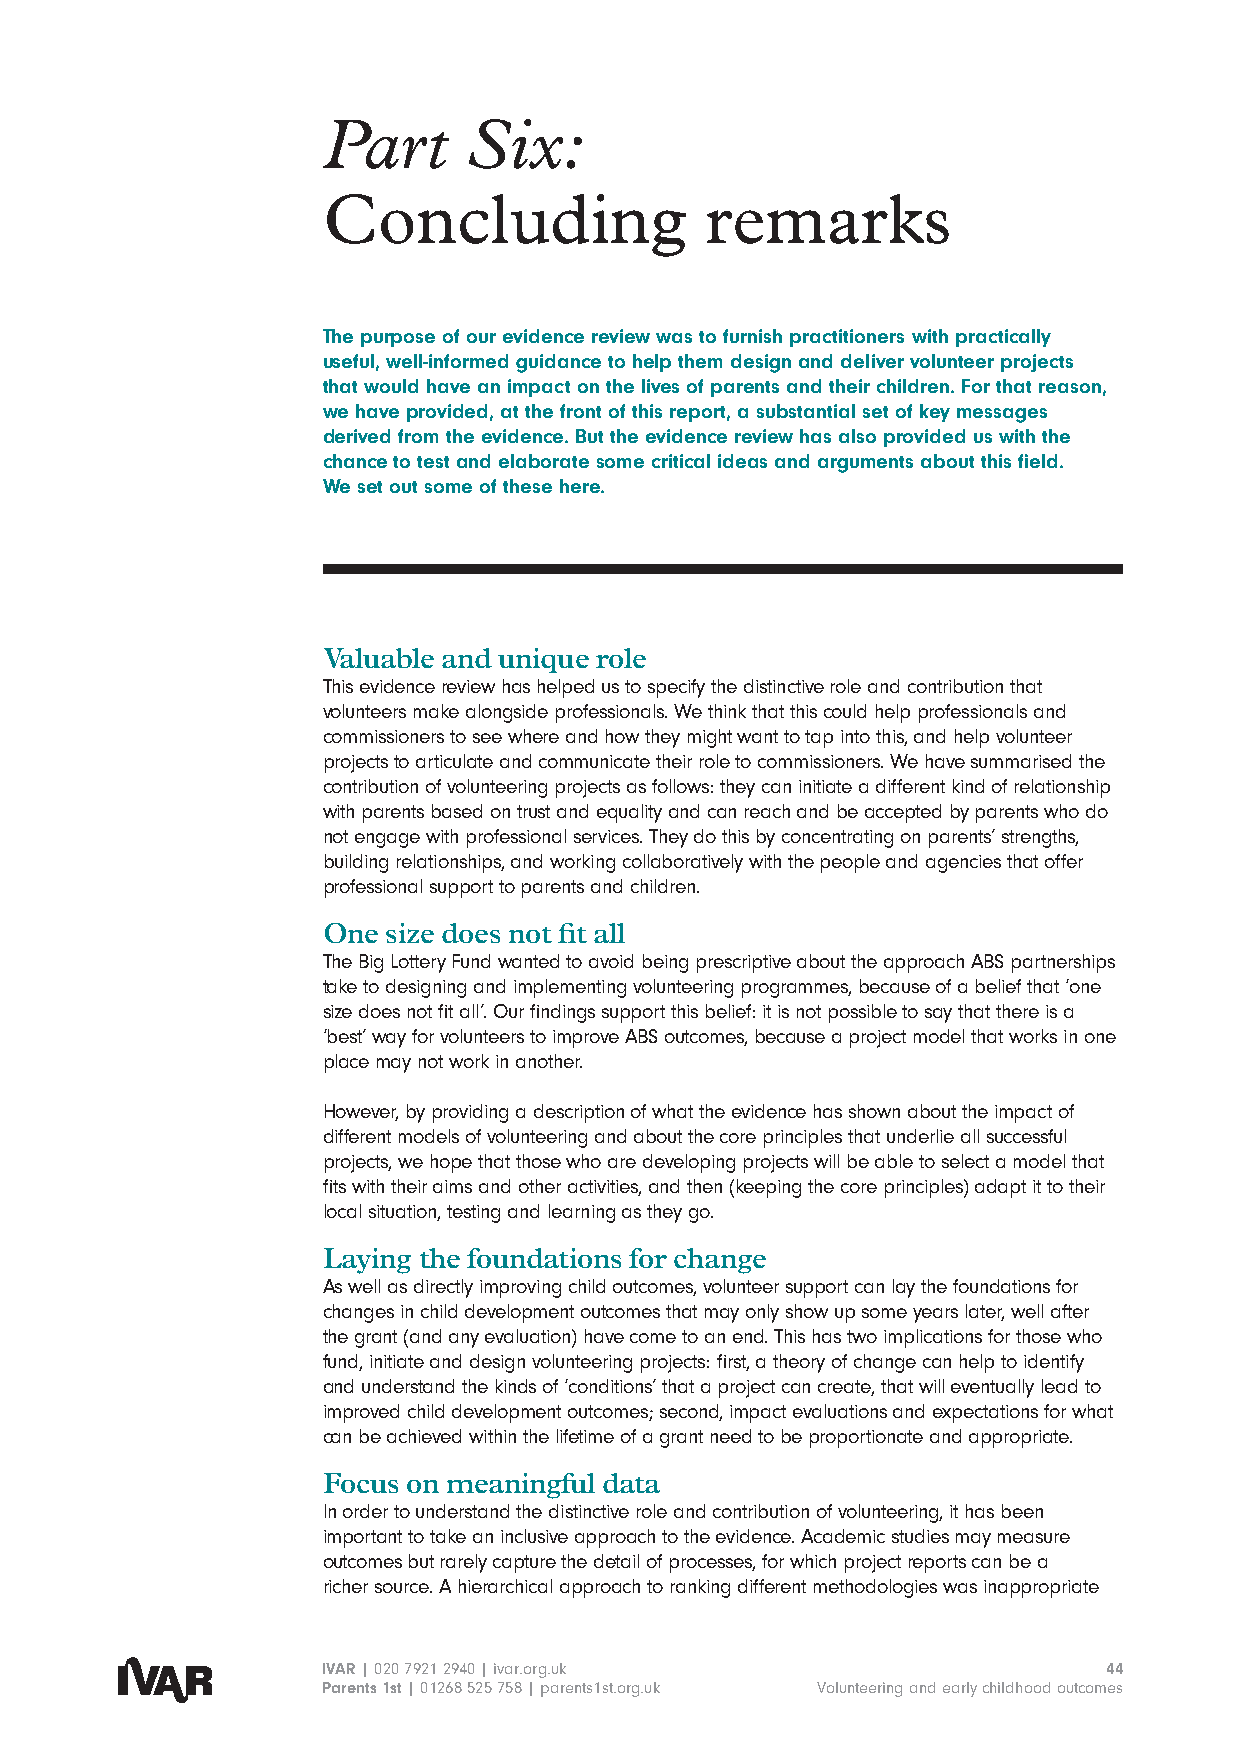
Part      Six:
 Concluding                remarks
 The purpose of our evidence review was to furnish practitioners with practically
 useful, well-informed guidance to help them design and deliver volunteer projects
 that would have an impact on the lives of parents and their children. For that reason,
 we have provided, at the front of this report, a substantial set of key messages
 derived from the evidence. But the evidence review has also provided us with the
 chance to test and elaborate some critical ideas and arguments about this field.
 We set out some of these here.
 Valuable and unique role
 This evidence review has helped us to specify the distinctive role and contribution that
 volunteers make alongside professionals. We think that this could help professionals and
 commissioners to see where and how they might want to tap into this, and help volunteer
 projects to articulate and communicate their role to commissioners. We have summarised the
 contribution of volunteering projects as follows: they can initiate a different kind of relationship
 with parents based on trust and equality and can reach and be accepted by parents who do
 not engage with professional services. They do this by concentrating on parents’ strengths,
 building relationships, and working collaboratively with the people and agencies that offer
 professional support to parents and children.
 One  size does not fit all
 The Big Lottery Fund wanted to avoid being prescriptive about the approach ABS partnerships
 take to designing and implementing volunteering programmes, because of a belief that ‘one
 size does not fit all’. Our findings support this belief: it is not possible to say that there is a
 ‘best’ way for volunteers to improve ABS outcomes, because a project model that works in one
 place may not work in another.
 However, by providing a description of what the evidence has shown about the impact of
 different models of volunteering and about the core principles that underlie all successful
 projects, we hope that those who are developing projects will be able to select a model that
 fits with their aims and other activities, and then (keeping the core principles) adapt it to their
 local situation, testing and learning as they go.
 Laying the foundations for change
 As well as directly improving child outcomes, volunteer support can lay the foundations for
 changes in child development outcomes that may only show up some years later, well after
 the grant (and any evaluation) have come to an end. This has two implications for those who
 fund, initiate and design volunteering projects: first, a theory of change can help to identify
 and understand the kinds of ‘conditions’ that a project can create, that will eventually lead to
 improved child development outcomes; second, impact evaluations and expectations for what
 can be achieved within the lifetime of a grant need to be proportionate and appropriate.
 Focus on meaningful data
 In order to understand the distinctive role and contribution of volunteering, it has been
 important to take an inclusive approach to the evidence. Academic studies may measure
 outcomes but rarely capture the detail of processes, for which project reports can be a
 richer source. A hierarchical approach to ranking different methodologies was inappropriate
 IVAR | 020 7921 2940 | ivar.org.uk                  44
 Parents 1st | 01268 525 758 | parents1st.org.uk Volunteering and early childhood outcomes